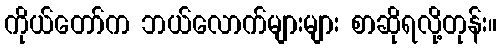
ကိုယ်တော်က ဘယ်လောက်များများ စာဆိုရလို့တုန်း။